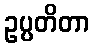
ဥပ္ပတိတာ